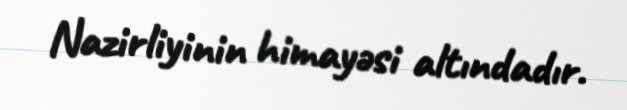
Nazirliyinin himayəsi altındadır.